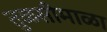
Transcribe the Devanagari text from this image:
तुळसीमाळा